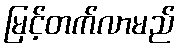
မြင့်တက်လာမည်